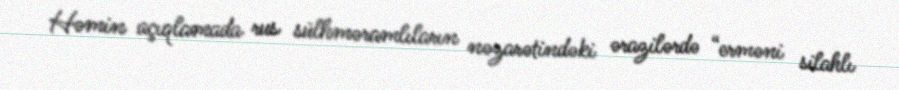
Həmin açıqlamada rus sülhməramlıların nəzarətindəki ərazilərdə “erməni silahlı